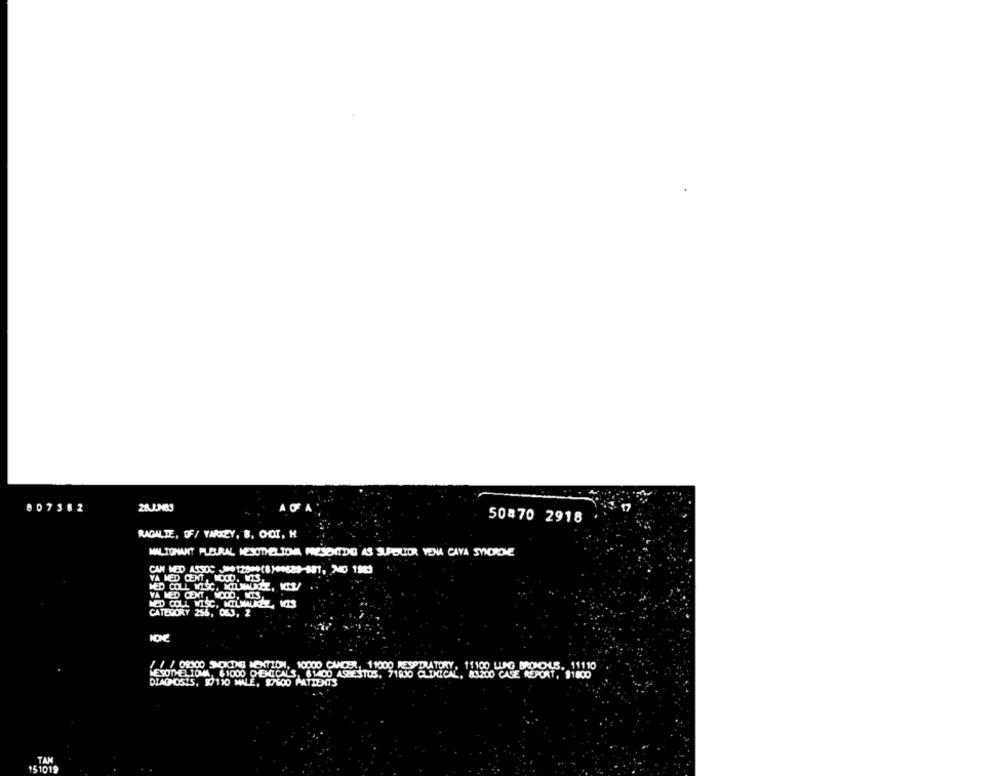
807362
50470 2918
RAGALTE, OF/ YAKEY, B. CHOI, H
MALIGNANT PLEURAL MESOTHELIOMA PRESENTDO AS SUPERIOR VENA CAYA SYNDROME
CAN MED ASSOC J00 12800(8)44689-181, 40 1983
VA MED CEMT, NOOD. WIS
MED COLL WISC, MOILNADEZ, KIY/
VA MED CENT, WOOO, NOS
MED COLL WISC, MILWAUKEEZ WIS
CATEGORY 255, 063, 2
NONE
/ / / 09900 SHOOTING MONTIDM, 10000 CANCER, 11000 RESPIRATORY, 11100 LUNG BRONOHLS. 11110
MESOTHELIOMA, $1000 CHEMICALS, 6 1400 ASBESTOS, 71RJO CLINICAL, 83200 CASE REPORT, 91800
DIAGNOSIS, 97110 MALE, 87500 PATIENTS